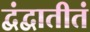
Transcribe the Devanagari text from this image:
द्वंद्वातीतं